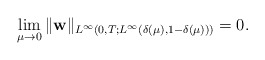
\begin{align*} &\lim\limits_{\mu\rightarrow 0} \|\mathbf{w}\|_{L^\infty(0, T;L^\infty(\delta(\mu), 1-\delta(\mu)))}=0. \end{align*}